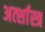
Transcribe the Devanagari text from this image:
अर्त्शास्त्र